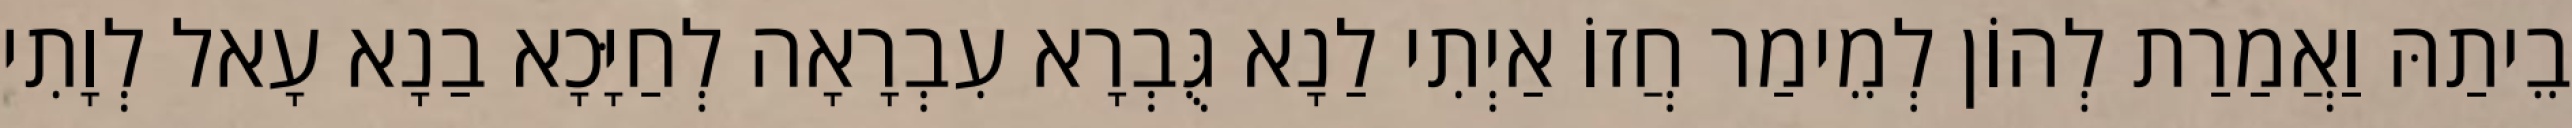
בֵיתַהּ וַאֲמַרַת לְהוֹן לְמֵימַר חֲזוֹ אַיְתִי לַנָא גֻּבְרָא עִבְרָאָה לְחַיָּכָא בַנָא עָאל לְוָתִי